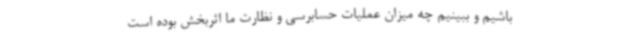
باشیم و ببینیم چه میزان عملیات حسابرسی و نظارت ما اثربخش بوده است